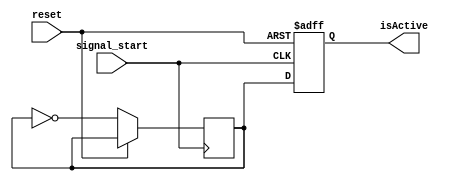
`timescale 1ns / 1ps
//////////////////////////////////////////////////////////////////////////////////
// Company: 
// Engineer: 
// 
// Design Name: 
// Module Name: signaler
// Project Name: 
// Target Devices: 
// Tool Versions: 
// Description: 
// 
// Dependencies: 
// 
// Revision:
// Revision 0.01 - File Created
// Additional Comments:
// 
//////////////////////////////////////////////////////////////////////////////////


module signaler(
    input signal_start,
    input reset,
    output reg isActive
    );
    
    reg buff;
    
    initial begin
        buff=1;
        isActive=0;
    end
    
    
    always @(posedge signal_start or posedge reset) begin
        if (reset)
            isActive <= 0;
        else begin
            isActive <= buff;
            buff <= ~buff;
        end
    end
endmodule